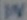
Text: IN